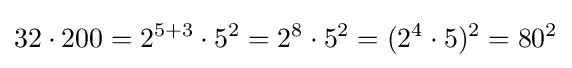
32\cdot 200=2^{5+3}\cdot 5^{2}=2^{8}\cdot 5^{2}=(2^{4}\cdot 5)^{2}=80^{2}